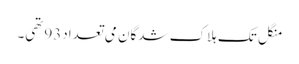
منگل تک ہلاک شدگان می تعداد93تھی۔